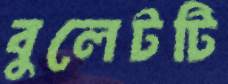
বুলেটটি